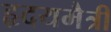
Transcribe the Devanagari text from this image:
हृदयमैत्री